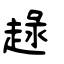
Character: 趢